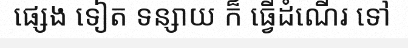
ផ្សេង ទៀត ទន្សាយ ក៏ ធ្វើដំណើរ ទៅ